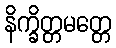
နိက္ခိတ္တမတ္တေ